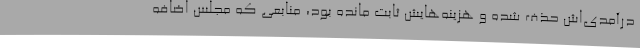
درآمدی‌اش حذف شده و هزینه‌هایش ثابت مانده بود، منابعی که مجلس اضافه